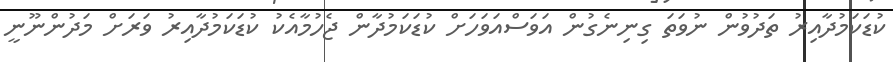
ކުޑަކަމުދާއިރު ތަދުވުން ނުވަތަ ގިނިނެގުން އަވަސްއަވަހަށް ކުޑަކަމުދާން ޖެހުމާއެކު ކުޑަކަމުދާއިރު ވަރަށް މަދުންނޫނީ